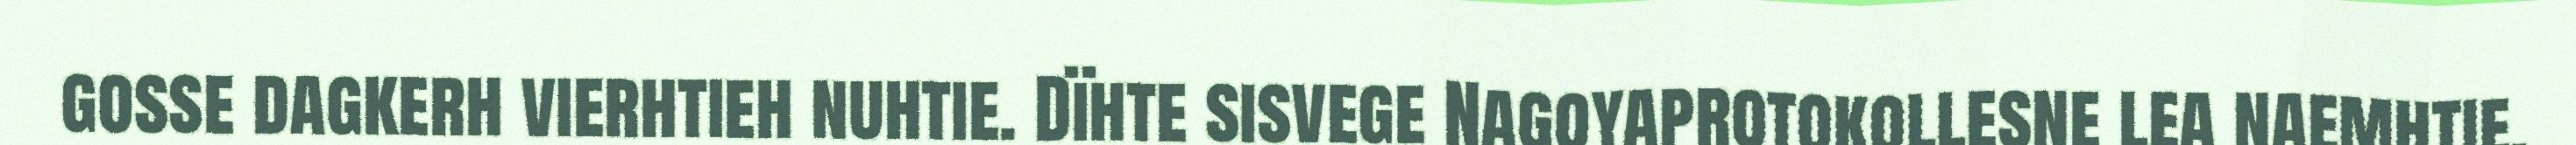
gosse dagkerh vierhtieh nuhtie. Dïhte sisvege Nagoyaprotokollesne lea naemhtie,